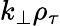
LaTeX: k_{\perp}\rho_{\tau}